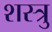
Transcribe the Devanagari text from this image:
शस्त्रु